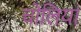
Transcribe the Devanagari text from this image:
चोलियां